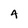
Character: 4